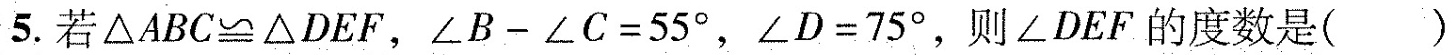
5.若 $$\triangle ABC\cong \triangle DEF$$，$$\angle B-\angle C=55^{\circ}$$，$$\angle D=75^{\circ}$$，则\angle DEF的度数是( )